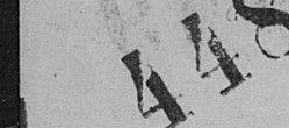
448